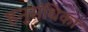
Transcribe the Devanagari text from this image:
हनुसंधिका